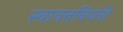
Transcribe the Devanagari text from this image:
स्वायत्तनियंत्री